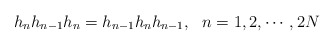
\begin{align*}h_nh_{n-1}h_n=h_{n-1}h_nh_{n-1},~~n=1,2,\cdots,2N\end{align*}